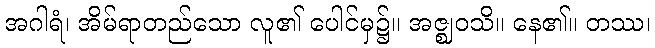
အဂါရံ၊ အိမ်ရာတည်သော လူ၏ ပေါင်မှ၌။ အဇ္ဈဝသိ။ နေ၏။ တဿ၊